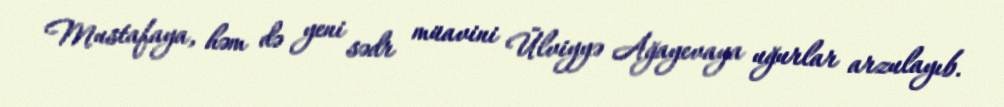
Mustafaya, həm də yeni sədr müavini Ülviyyə Ağayevaya uğurlar arzulayıb.